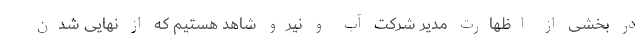
در بخشی از اظهارت مدیر شرکت آب و نیرو شاهد هستیم که از نهایی شدن